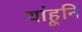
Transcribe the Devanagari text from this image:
यांहूनि